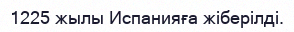
1225 жылы Испанияға жіберілді.